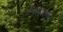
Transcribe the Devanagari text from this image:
राज्यपध्दती